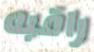
راقبه